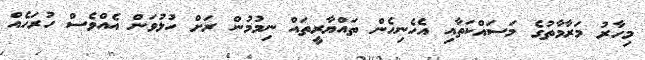
މިހާރު މަރާމާތުގެ މަސައްކަތާއި އެހެނިހެން ތައްޔާރީތައް ނިމުމުން ރަށް ހުޅުވަން އެއްވެސް ހުރަހެއް